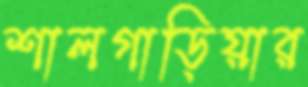
শালগাড়িয়ার